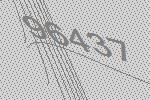
96437